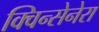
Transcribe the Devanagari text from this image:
क्विन्सेनेरा